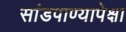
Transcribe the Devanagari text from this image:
सांडपाण्यापेक्षा